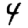
Digit: 4